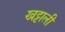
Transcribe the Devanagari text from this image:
खट्टाली